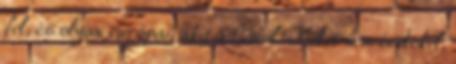
fel; és olyan európai, akit a Távol-Kelet nem érdekel,